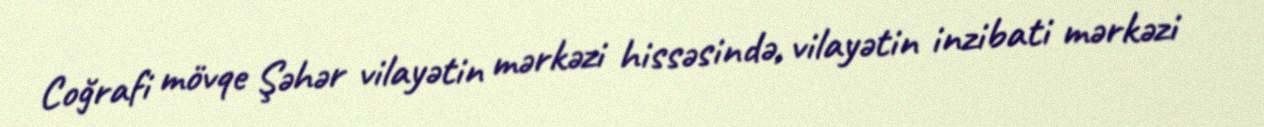
Coğrafi mövqe Şəhər vilayətin mərkəzi hissəsində, vilayətin inzibati mərkəzi